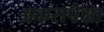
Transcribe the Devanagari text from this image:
अकरापेक्षा